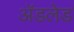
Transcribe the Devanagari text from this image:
अॅडलेड